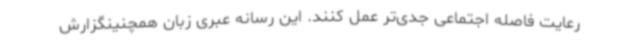
رعایت فاصله اجتماعی جدی‌تر عمل کنند. این رسانه عبری زبان همچنینگزارش